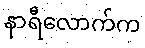
နာရီလောက်က